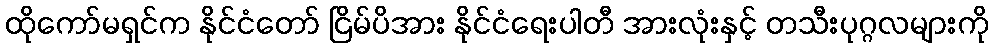
ထိုကော်မရှင်က နိုင်ငံတော် ငြိမ်ပိအား နိုင်ငံရေးပါတီ အားလုံးနှင့် တသီးပုဂ္ဂလများကို